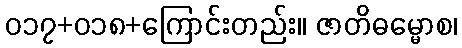
၀၁၇+၀၁၈+ကြောင်းတည်း။ ဇာတိဓမ္မောစ၊